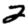
Digit: 2